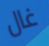
غال